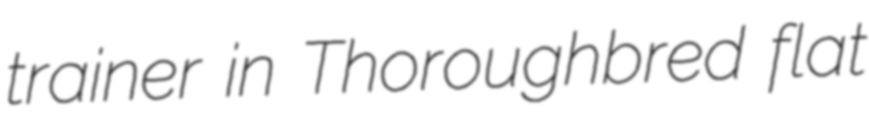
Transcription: trainer in Thoroughbred flat